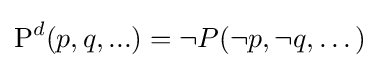
{\mbox{P}}^{d}(p,q,...)=\neg P(\neg p,\neg q,\dots )